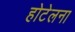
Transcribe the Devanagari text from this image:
होटेलना